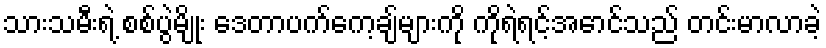
သားသမီးရဲ့ စစ်ပွဲမျိုး ဒေတာပက်ကေ့ချ်များကို ကိုရဲရင့်အောင်သည် တင်းမာလာခဲ့